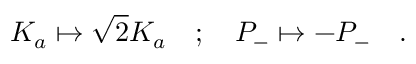
K _ { a } \mapsto \sqrt { 2 } K _ { a } \quad ; \quad P _ { - } \mapsto - P _ { - } \quad .